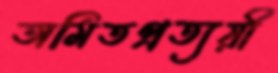
অমিতপ্রত্যয়ী